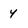
Character: 4